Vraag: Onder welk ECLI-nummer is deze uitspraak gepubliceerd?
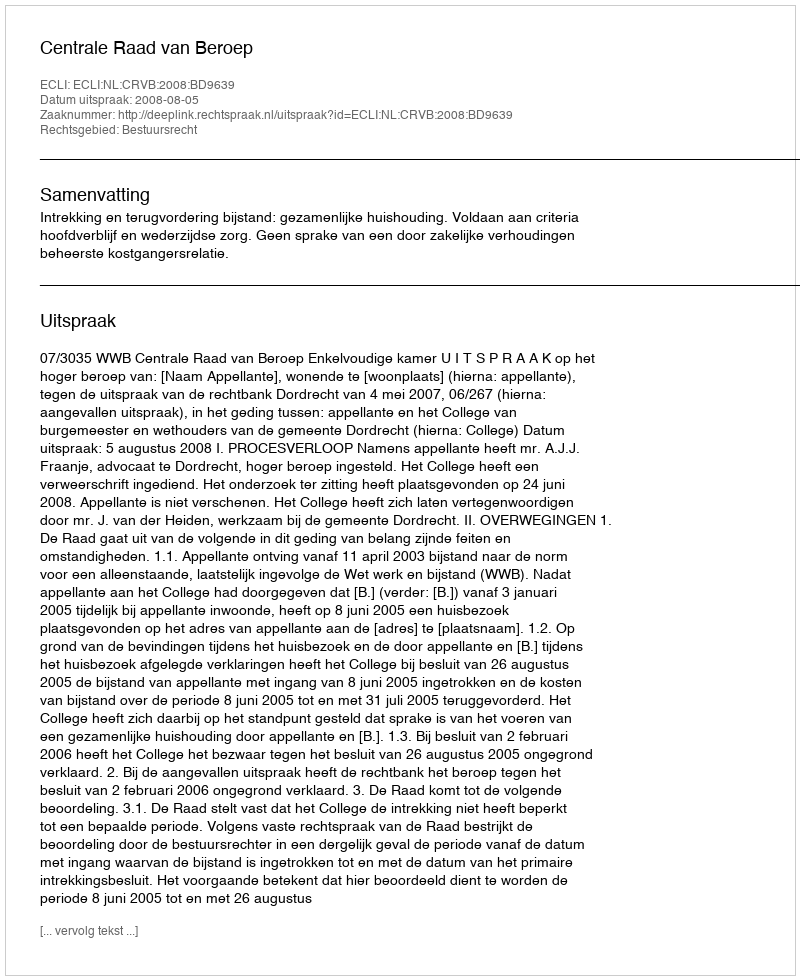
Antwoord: ECLI:NL:CRVB:2008:BD9639